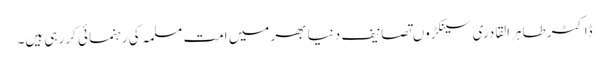
ڈاکٹر طاہرالقادری سینکڑوں تصانیف دنیا بھر میں امت مسلمہ کی رہنمائی کر رہی ہیں۔